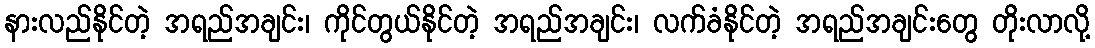
နားလည်နိုင်တဲ့ အရည်အချင်း၊ ကိုင်တွယ်နိုင်တဲ့ အရည်အချင်း၊ လက်ခံနိုင်တဲ့ အရည်အချင်းတွေ တိုးလာလို့